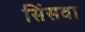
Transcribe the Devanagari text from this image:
सिंसवा